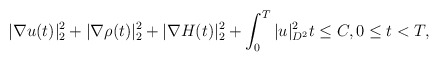
\begin{align*}|\nabla u(t)|^2_{ 2}+|\nabla \rho(t)|^2_{ 2}+|\nabla H(t)|^2_2+\int_0^T| u|^2_{D^2}t\leq C,0\leq t< T,\end{align*}